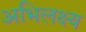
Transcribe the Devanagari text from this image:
अभिलक्ष्य